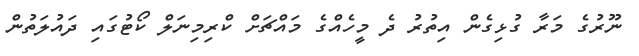
ނޫރުގެ މަރާ ގުޅިގެން އިތުރު ދެ މީހެއްގެ މައްޗަށް ކްރިމިނަލް ކޯޓުގައި ދައުލަތުން